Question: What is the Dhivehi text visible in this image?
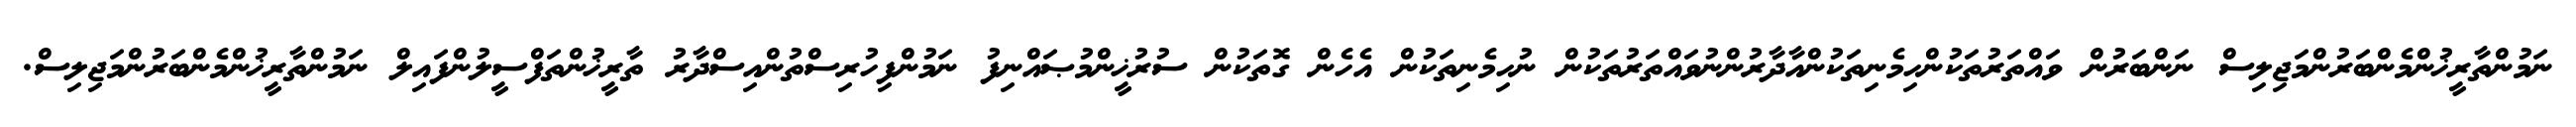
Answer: ނަމުންތާރީޚުންމެންބަރުންމަޖިލިސް ނަންބަރުން ވައްތަރުތަކުންހިމެނިތަކުންއާދާރުންނުވައްތަރުތަކުން ނުހިމެނިތަކުން އެހެން ގޮތަކުން ސުރުޚީންމުޞައްނިފު ނަމުންފިހުރިސްތުންއިސްދާރު ތާރީޚުންތަފްސީލުންފައިލް ނަމުންތާރީޚުންމެންބަރުންމަޖިލިސް.